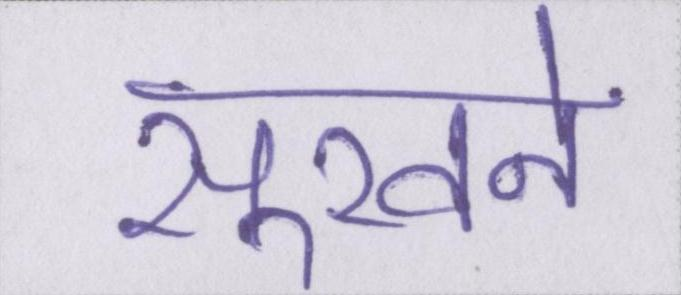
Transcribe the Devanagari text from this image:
सूखने